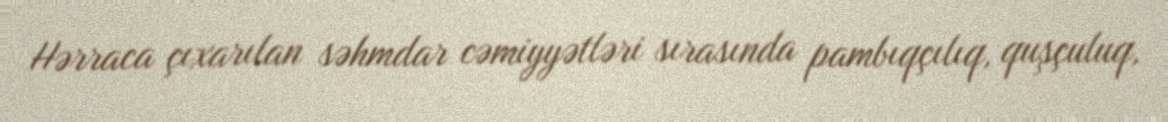
Hərraca çıxarılan səhmdar cəmiyyətləri sırasında pambıqçılıq, quşçuluq,